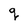
Character: q